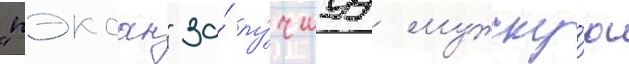
"пэксан" за́ лу́чшуу мужску́ю